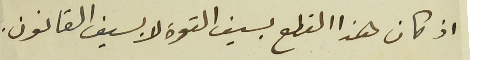
اذ كان هذا القطع بسيف القوة لا بسيف القانون.